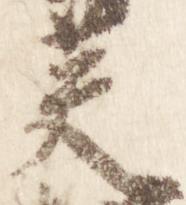
英